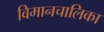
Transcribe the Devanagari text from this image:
विमानचालिका